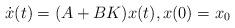
LaTeX: \begin{align*}\dot{x}(t) = (A + BK)x(t),x(0) =x_0\end{align*}